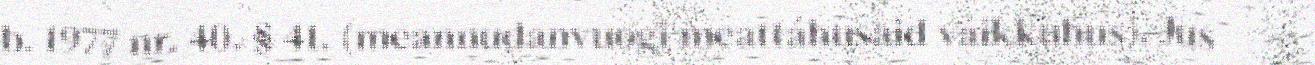
b. 1977 nr. 40. § 41. (meannudanvuogi meattáhusaid váikkuhus). Jus